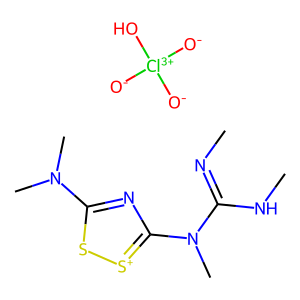
SMILES: CN=C(NC)N(C)c1nc(N(C)C)s[s+]1.[O-][Cl+3]([O-])([O-])O
Inhibits HIV replication: No